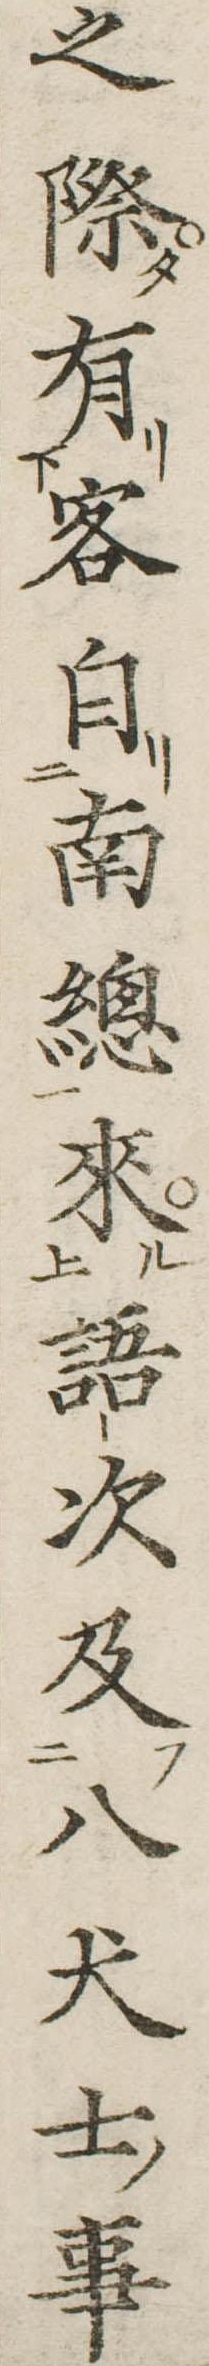
之際有客自南総来語次及八犬士事